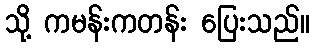
သို့ ကမန်းကတန်း ပြေးသည်။